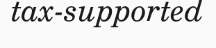
tax-supported